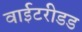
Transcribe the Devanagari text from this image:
वाईटरीडड